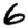
Digit: 6